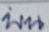
บน